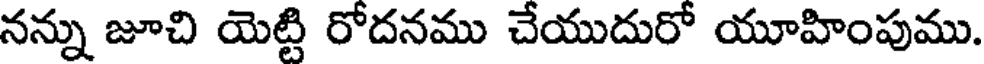
నన్ను జూచి యెట్టి రోదనము చేయుదురో యూహింపుము.